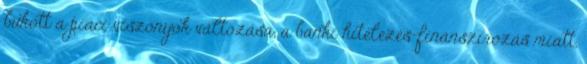
bukott a piaci viszonyok változása, a banki hitelezés-finanszírozás miatt,